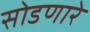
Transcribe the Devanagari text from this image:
सोडणारे